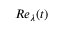
R e _ { \lambda } ( t )